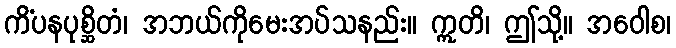
ကိံပနပုစ္ဆိတံ၊ အဘယ်ကိုမေးအပ်သနည်း။ ဣတိ၊ ဤသို့။ အဝေါစ၊